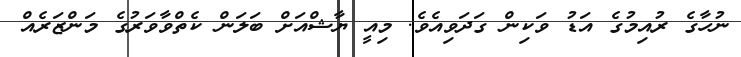
ނުހާގެ ރުއިމުގެ އަޑު ވަކިން ގަދަވިއެވެ. މިއީ ޔާޝްއަށް ބަލަން ކެތްވާވަރުގެ މަންޒަރެއް